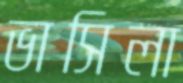
ভাসিলা